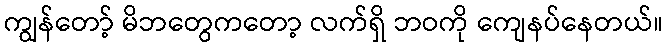
ကျွန်တော့် မိဘတွေကတော့ လက်ရှိ ဘဝကို ကျေနပ်နေတယ်။